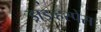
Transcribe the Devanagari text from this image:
ड्राइव्हस्पेस